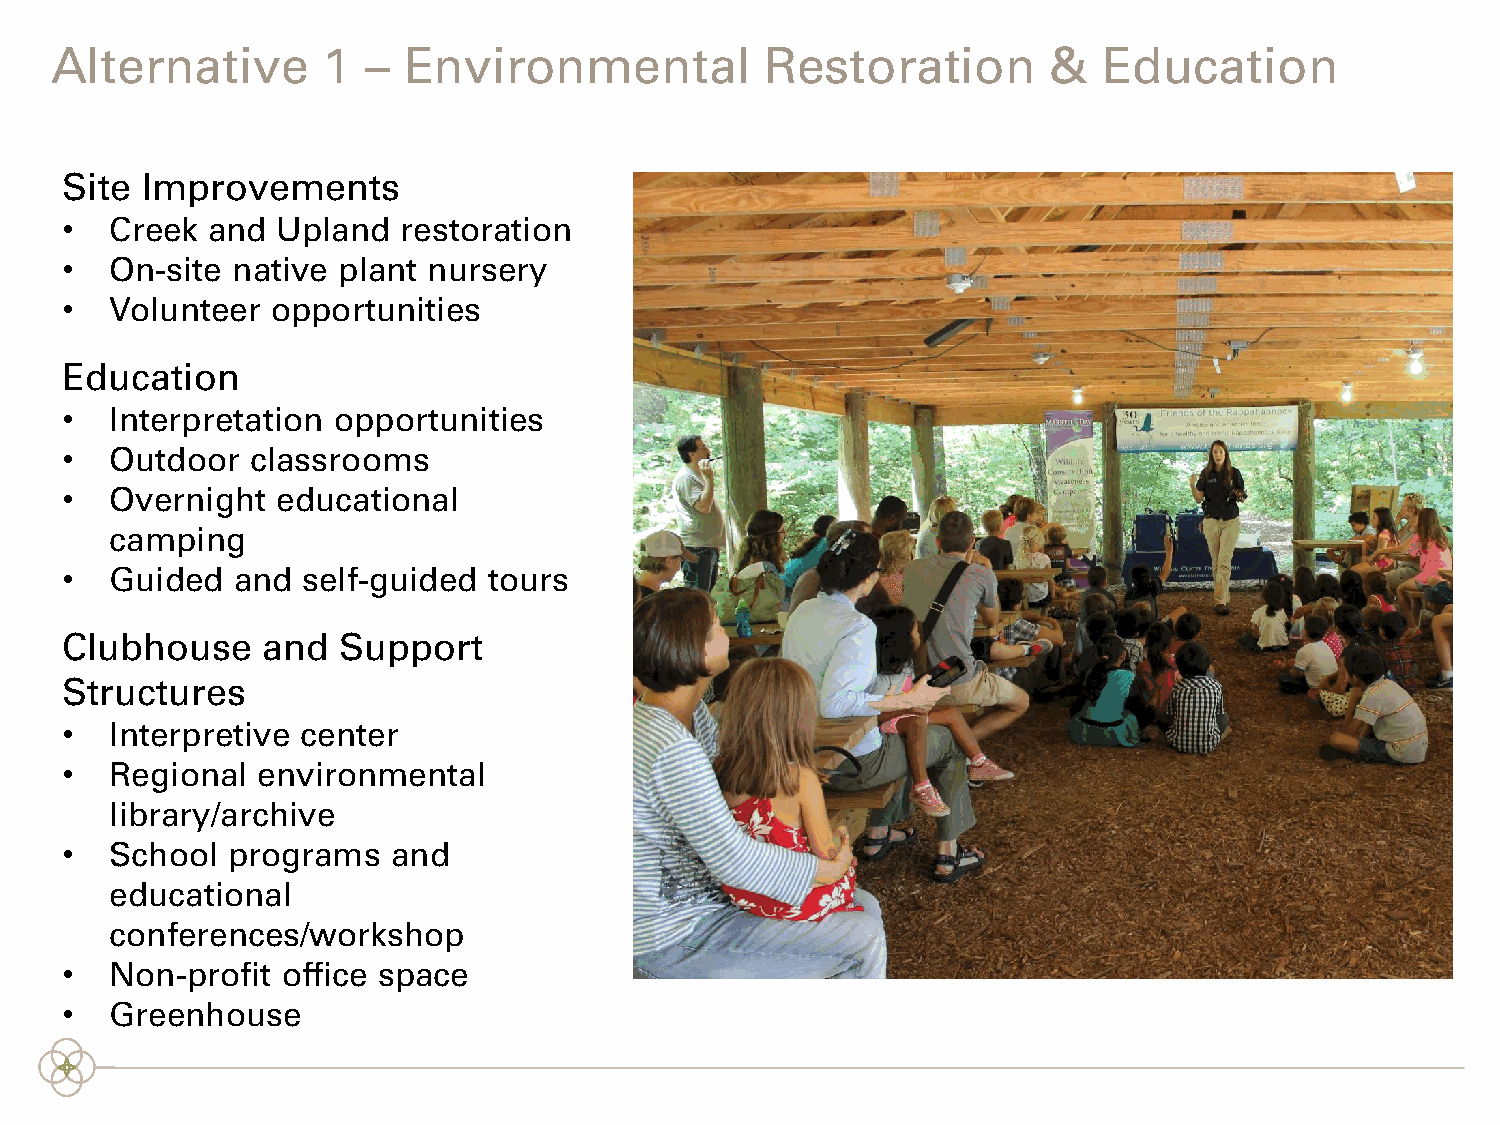
Alternative       1  –  Environmental           Restoration        &  Education
 Site Improvements
 •  Creek  and Upland   restoration
 •  On-site native plant nursery
 •  Volunteer  opportunities
 Education
 •  Interpretation opportunities
 •  Outdoor   classrooms
 •  Overnight  educational
 camping
 •  Guided  and  self-guided tours
 Clubhouse    and  Support
 Structures
 •  Interpretive center
 •  Regional  environmental
 library/archive
 •  School  programs   and
 educational
 conferences/workshop
 •  Non-profit  office space
 •  Greenhouse